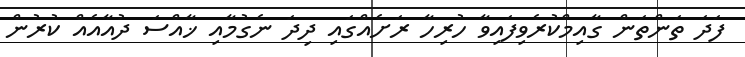
ފަދަ ތަންތަން ގާއިމްކުރެވިފައިވާ ހުރިހާ ރަށެއްގައި ދިދަ ނެގުމާއި ޚާއްސަ ދުއާއެއް ކުރުން